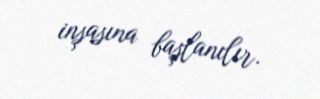
inşasına başlanılır.